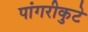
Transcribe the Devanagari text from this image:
पांगरीकुटे